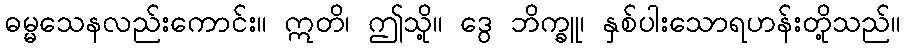
ဓမ္မသေနလည်းကောင်း။ ဣတိ၊ ဤသို့။ ဒွေ ဘိက္ခူ၊ နှစ်ပါးသောရဟန်းတို့သည်။